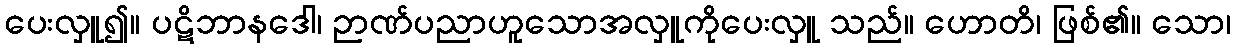
ပေးလှူ၍။ ပဋိဘာနဒေါ၊ ဉာဏ်ပညာဟူသောအလှူကိုပေးလှူ သည်။ ဟောတိ၊ ဖြစ်၏။ သော၊